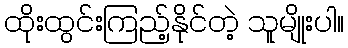
ထိုးထွင်းကြည့်နိုင်တဲ့ သူမျိုးပါ။